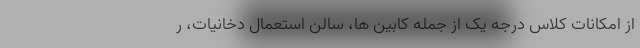
از امکانات کلاس درجه یک از جمله کابین ها، سالن استعمال دخانیات، ر